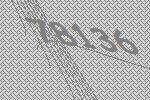
78136